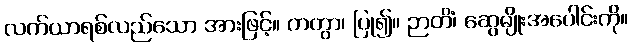
လက်ယာရစ်လည်သော အားဖြင့်။ ကတွာ၊ ပြု၍။ ဉာတိံ၊ ဆွေမျိုးအပေါင်းကို။